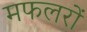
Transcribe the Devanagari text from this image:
मफलरों